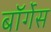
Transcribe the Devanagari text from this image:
बॉर्गेस